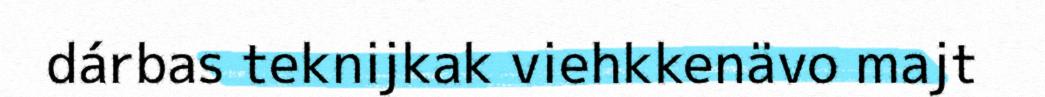
dárbas teknijkak viehkkenävo majt